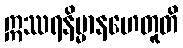
ဣဿရနိမ္မာနဟေတူတိ